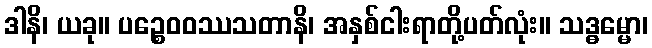
ဒါနိ၊ ယခု။ ပဉ္စေဝဝဿသတာနိ၊ အနှစ်ငါးရာတို့ပတ်လုံး။ သဒ္ဓမ္မော၊